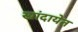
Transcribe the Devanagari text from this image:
खांदायेत